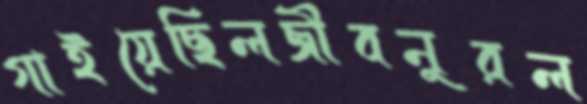
গাইয়েছিলজীবনুরল